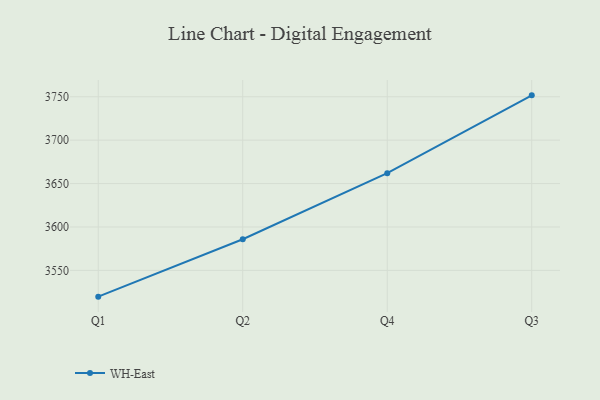
{"axis": {"x": "Quarter", "y": "Tickets Resolved"}, "legend": ["WH-East"], "data": [{"x": "Q1", "y": 3519.8, "type": "WH-East"}, {"x": "Q2", "y": 3585.9, "type": "WH-East"}, {"x": "Q4", "y": 3662.0, "type": "WH-East"}, {"x": "Q3", "y": 3751.6, "type": "WH-East"}]}